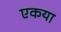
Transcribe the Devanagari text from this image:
एकया